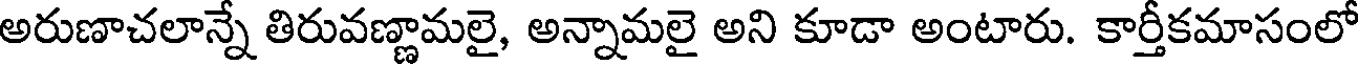
అరుణాచలాన్నే తిరువణ్ణామలై, అన్నామలై అని కూడా అంటారు. కార్తీకమాసంలో